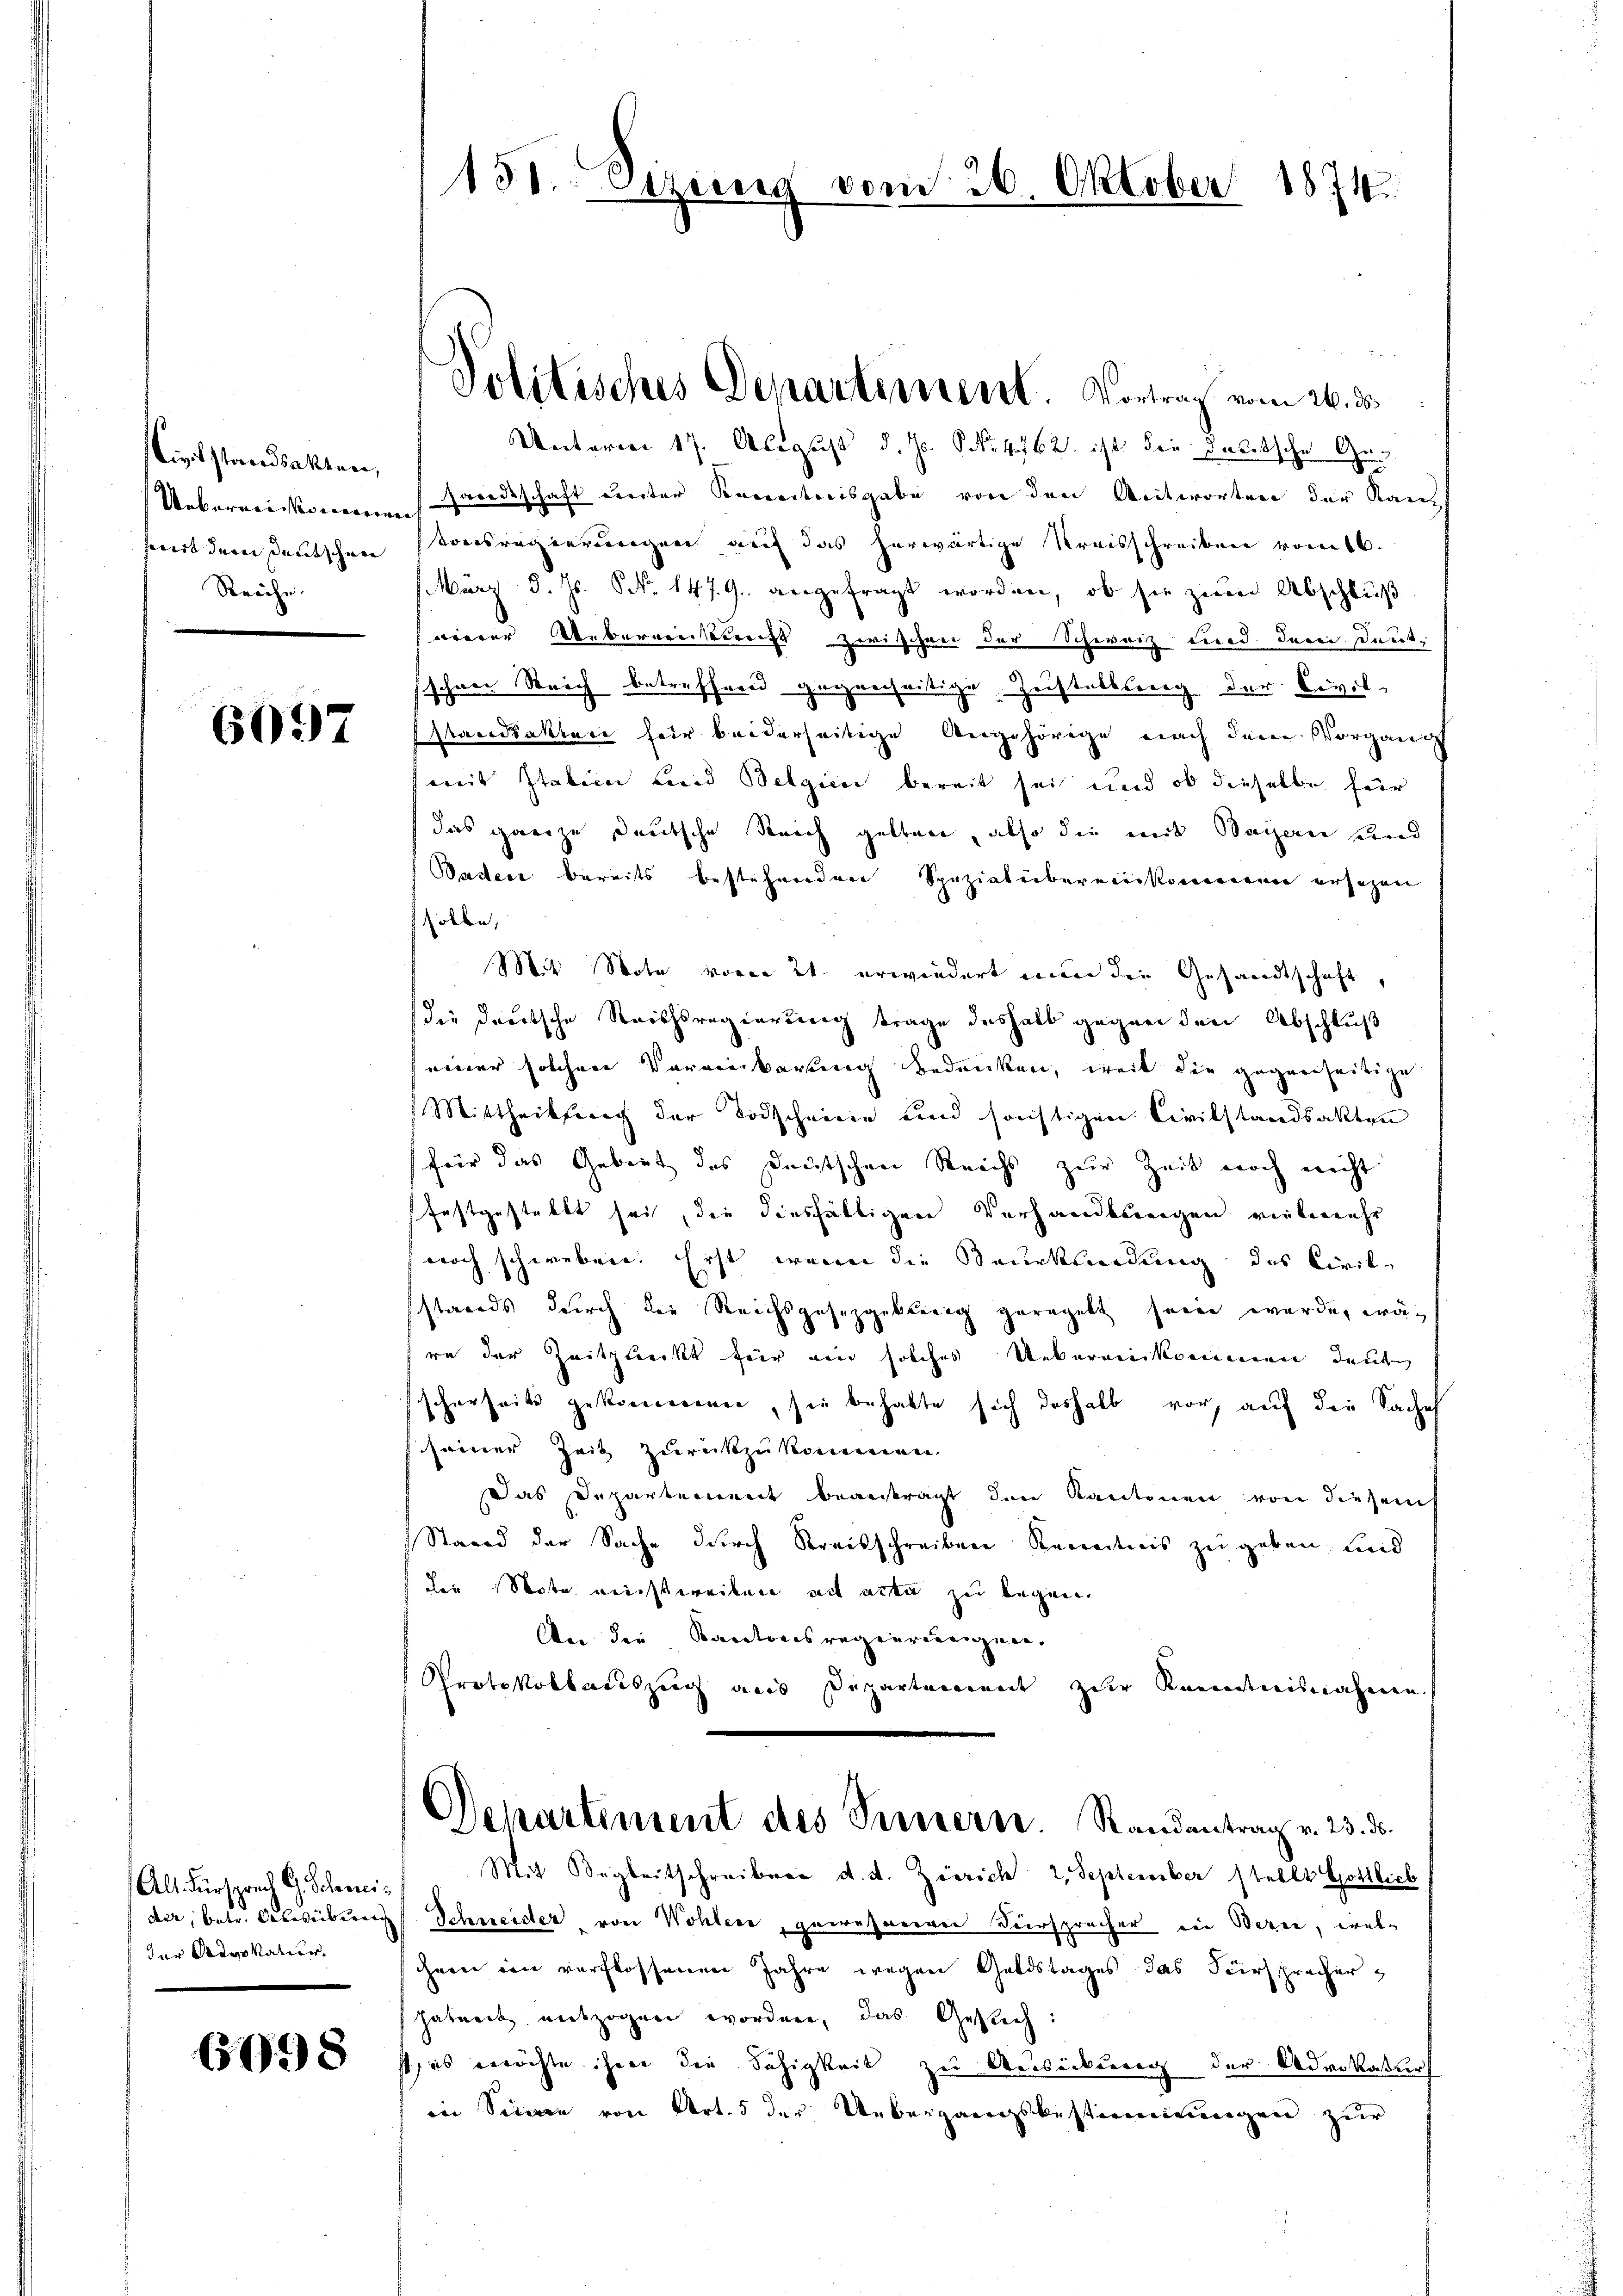
Civilstandsakten,
Uebernein Vornarrannt
mit dem Deutschen
Reiche

6097

(Als Fürsprach G. Schemider, betr. Abwübung
der Advokation.

6098

151. Sizung vom 26. Oktober 1874.

Politisches Departiment. Vortrag vom 26. ds.

Unterm 17. August d. Js. NNo. 462. ist die daritsche Ge¬
Zarerschaft erster Korrestreisgabe von den Antworten der Kantonsregierungen auf das herwärtige Kreisschreiben vom 16.
März d. Js. NNo. 147. 9. angefragt worden, ob sie zum Abschluß
nierer Ueberweisungs zwischen der Schwarz und der Deutsihrer Strich betreffend gegrecheitige Zustellung der Civil-
Macediaklace hier beiderseitige Angehörige nach dem Vorgang
weit Italien und Belgien bereit sei und ob dieselbe für
das ganze deutsche Reich gelten, also die mit Bayern und
Padere bereits bestehenden Spezialeibereinkommenen ersagen
sölbe,
Mit Note vom 21. erwiedert wir den Gesandtschaft,
die deutsche Reithsregierung trage deshalb gegen den Abschluß
seiner solchen Vereinbarung bedanken, weil die gegenseitige
Mittheilung der Todscheine und sonstigen Civilstandsakten
für das Gebiet des Deutschen Reichs zur Zeit noch nicht
festgestellt sei, die diesfälligen Verhandlungen vielmehr
noch schweben. Erst, wenn die Beurksendung des Civil
sstands durch der Reichsgesezgebung geregelt sein wurde, was
re der Zeitpunckt für ein solches Uebereinkommen deute
scherheits gekommen, sie behalte sich deshalb vor, auf die Sacheh
 seiner Zeit zurückzukommen.
Das Departennet beantragt den Kantonen von diesem
Stand der Sache durch Kreisschreiben Recretions zu geben und
die Note reichtereiben sich acta zu legen.
An die Kantonsregenreeignen.
Protokollauszug aus Departement zur Kenntnisnahmen
Departement des Ternern. Randantrag v. 23. ds.
Mit Begleitschreiberg d. d. Zürich 2 September stellt Gottlieb
Schneider von Wohlere, gewesererer Versprücher in Berne, welhern ein verflossenen Jahre wegen Goldstages das Fürsprecher
hatreit entzogen worden, das Gesuch:
st, es errichte ihnen die Fähigkeit zu Ausübung der Advokaturf
in Sinnen von Art. 5 der Uebergangsbestimmungen zur